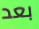
بعد